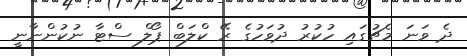
ދެ ވަަނަ މެޗުގައި ހުކުރު ދުވަހުގެ ރޭ ކްލަބް ޕޯލް ސްޓާ ނުކުންނާނީ